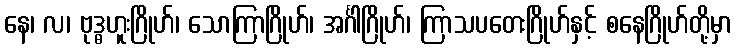
နေ၊ လ၊ ဗုဒ္ဓဟူးဂြိုဟ်၊ သောကြာဂြိုဟ်၊ အင်္ဂါဂြိုဟ်၊ ကြာသပတေးဂြိုဟ်နှင့် စနေဂြိုဟ်တို့မှာ